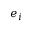
e _ { i }